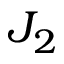
J _ { 2 }